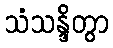
သံသန္ဒိတွာ